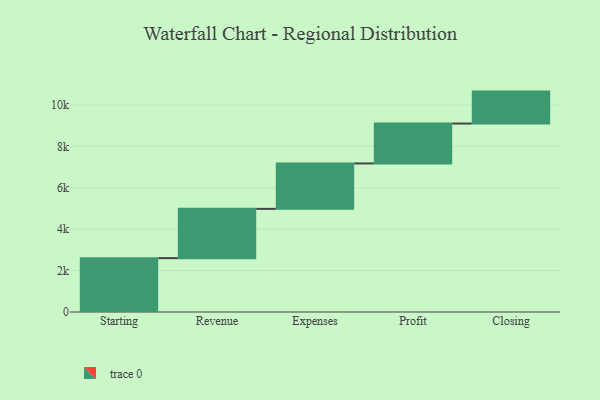
{"axis": {"x": "Step", "y": "Value"}, "legend": [""], "data": [{"x": "Starting", "y": 2602.0, "type": ""}, {"x": "Revenue", "y": 2381.0, "type": ""}, {"x": "Expenses", "y": 2194.0, "type": ""}, {"x": "Profit", "y": 1928.0, "type": ""}, {"x": "Closing", "y": 1543.0, "type": ""}]}